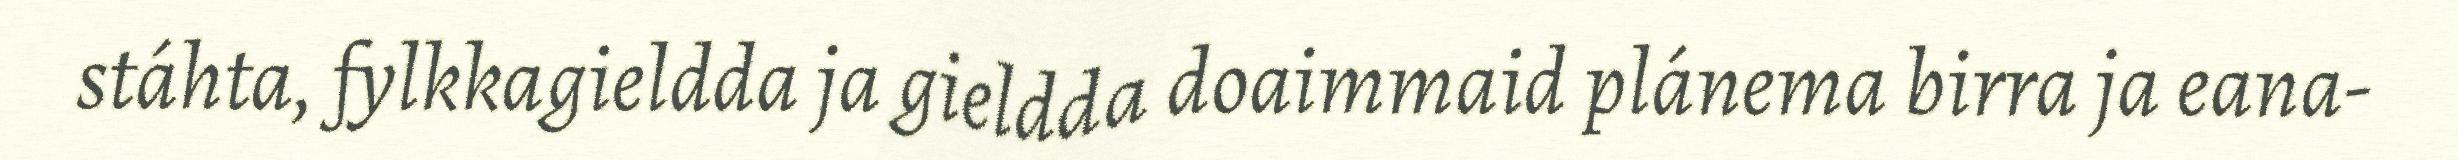
stáhta, fylkkagieldda ja gieldda doaimmaid plánema birra ja eana-